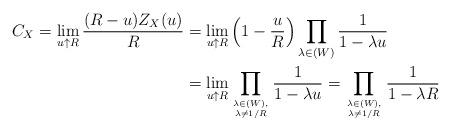
LaTeX: \begin{align*}C_{X}= \lim_{u \uparrow R} \frac{(R-u) Z_{X}(u)}{R} &= \lim_{u \uparrow R} \left( 1- \frac{u}{R} \right) \prod_{\lambda \in (W)} \frac{1}{1- \lambda u} \\&= \lim_{u \uparrow R} \prod_{\lambda \in (W), \atop \lambda \neq 1/R} \frac{1}{1- \lambda u}= \prod_{\lambda \in (W), \atop \lambda \neq 1/R} \frac{1}{1- \lambda R} \end{align*}